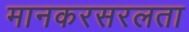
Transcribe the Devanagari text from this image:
मानकरसरलता